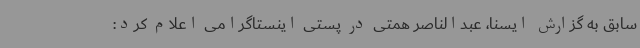
سابق به گزارش ایسنا، عبدالناصر همتی در پستی اینستاگرامی اعلام کرد: